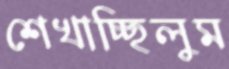
শেখাচ্ছিলুম